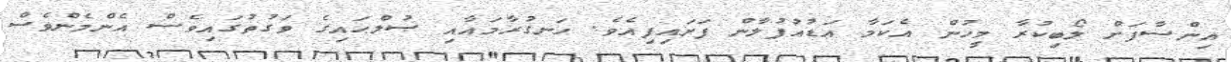
އިންސާފަށް ލޯބިކުރާ މީހުން އެކަމާ އަޑުއުފުލާން ފަށައިފިއެވެ. ހަނގުރާމައާއި ޞުލްޙައިގެ ވަގުތުގައިވެސް އެންމެންވެސް